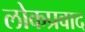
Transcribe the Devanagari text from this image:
लोकप्रवाद